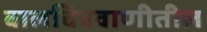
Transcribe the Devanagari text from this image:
बालचित्रवाणीतील